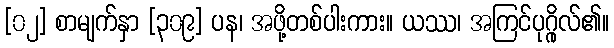
[၀၂] စာမျက်နှာ [၃၀၉] ပန၊ အဖို့တစ်ပါးကား။ ယဿ၊ အကြင်ပုဂ္ဂိုလ်၏။